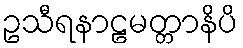
ဥသီရနာဠမတ္တာနိပိ